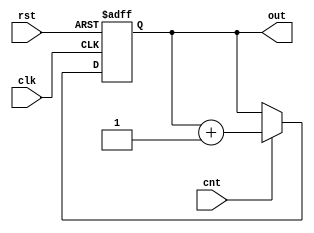
module counter #(parameter WIDTH = 8) (clk, rst, cnt, out);
	input clk, rst, cnt;
    output reg [WIDTH - 1:0] out;

	always @(posedge clk, posedge rst) 
    begin
		if(rst == 1'b1) 
            out <= {WIDTH{1'b0}};
		else if(cnt) 
            out <= out + 1'b1;
	end
endmodule